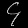
Digit: ၄